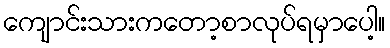
ကျောင်းသားကတော့စာလုပ်ရမှာပေါ့။